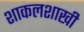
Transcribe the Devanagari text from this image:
शाकलशाखी